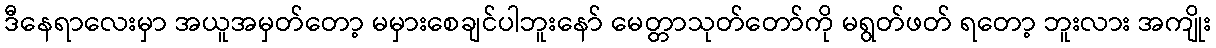
ဒီနေရာလေးမှာ အယူအမှတ်တော့ မမှားစေချင်ပါဘူးနော် မေတ္တာသုတ်တော်ကို မရွတ်ဖတ် ရတော့ ဘူးလား အကျိုး